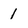
Character: 1